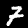
Digit: 7